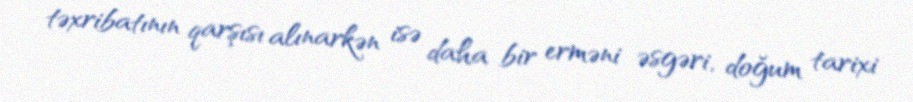
təxribatının qarşısı alınarkən isə daha bir erməni əsgəri, doğum tarixi